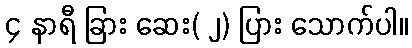
၄ နာရီ ခြား ဆေး( ၂) ပြား သောက်ပါ။